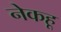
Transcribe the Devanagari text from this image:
नेकहू